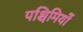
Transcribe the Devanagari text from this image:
पश्चिमियों